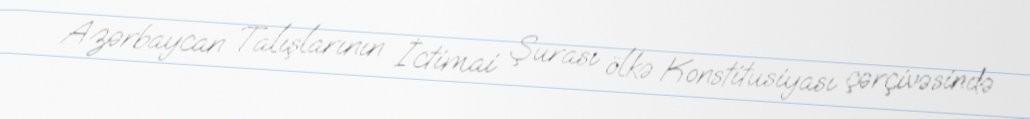
Azərbaycan Talışlarının İctimai Şurası ölkə Konstitusiyası çərçivəsində